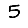
Digit: 5